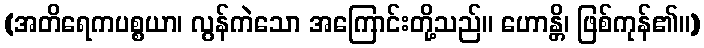
(အတိရေကပစ္စယာ၊ လွန်ကဲသော အကြောင်းတို့သည်။ ဟောန္တိ၊ ဖြစ်ကုန်၏။)